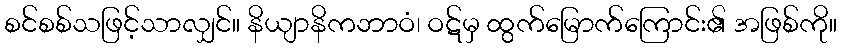
စင်စစ်သဖြင့်သာလျှင်။ နိယျာနိကဘာဝံ၊ ဝဋ်မှ ထွက်မြောက်ကြောင်း၏ အဖြစ်ကို။